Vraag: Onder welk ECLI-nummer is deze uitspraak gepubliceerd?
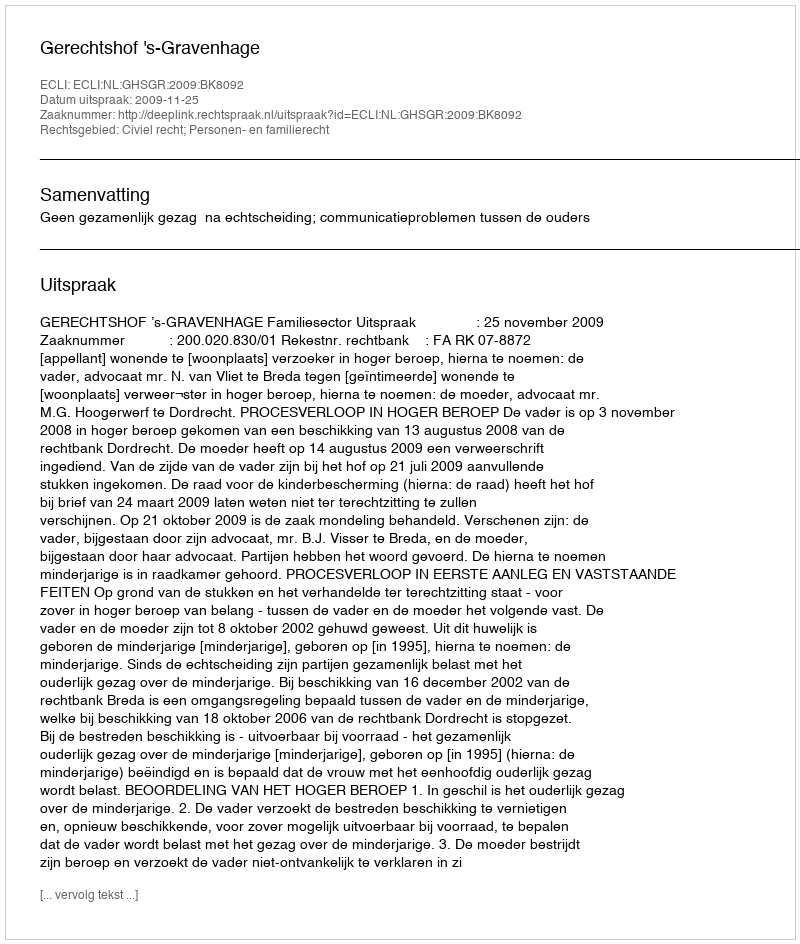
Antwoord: ECLI:NL:GHSGR:2009:BK8092